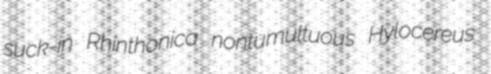
suck-in Rhinthonica nontumultuous Hylocereus